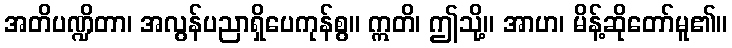
အတိပဏ္ဍိတာ၊ အလွန်ပညာရှိပေကုန်စွ။ ဣတိ၊ ဤသို့။ အာဟ၊ မိန့်ဆိုတော်မူ၏။